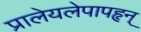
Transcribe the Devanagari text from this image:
प्रालेयलेपापहृन्